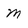
Character: m